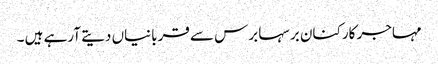
مہاجر کارکنان برسہا برس سے قربانیاں دیتے آرہے ہیں ۔